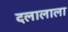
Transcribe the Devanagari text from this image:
दलालाला